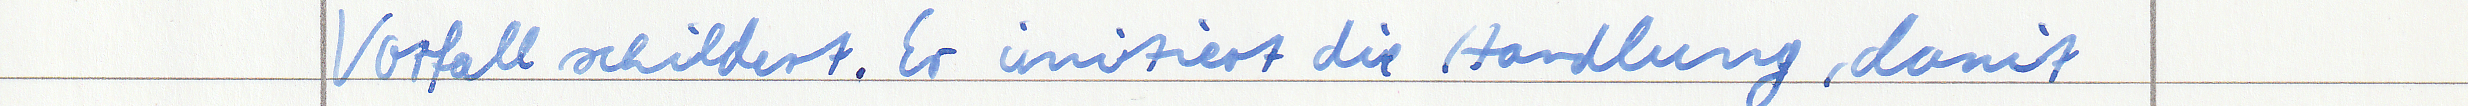
Vorfall schildert. Er imitiert die Handlung, damit